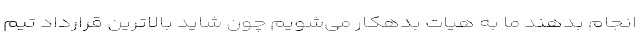
انجام بدهند ما به هیات بدهکار می‌شویم چون شاید بالاترین قرارداد تیم